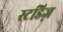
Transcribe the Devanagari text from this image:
स्टडिज़